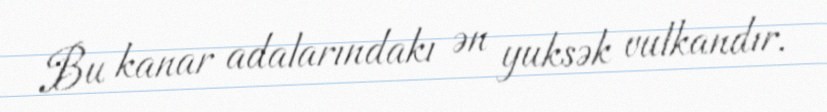
Bu kanar adalarındakı ən yuksək vulkandır.